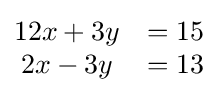
{\begin{matrix}12x+3y&=15\\2x-3y&=13\end{matrix}}